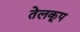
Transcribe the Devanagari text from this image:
तेलकूप